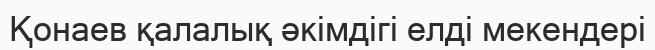
Қонаев қалалық әкімдігі елді мекендері